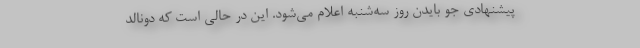
پیشنهادی جو بایدن روز سه‌شنبه اعلام می‌شود. این در حالی است که دونالد